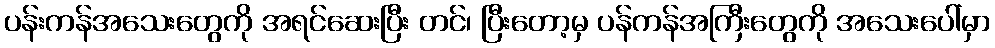
ပန်းကန်အသေးတွေကို အရင်ဆေးပြီး တင်၊ ပြီးတော့မှ ပန်ကန်အကြီးတွေကို အသေးပေါ်မှာ